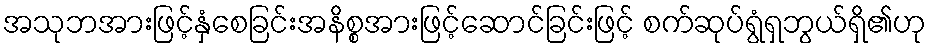
အသုဘအားဖြင့်နှံစေခြင်းအနိစ္စအားဖြင့်ဆောင်ခြင်းဖြင့် စက်ဆုပ်ရွံရှဘွယ်ရှိ၏ဟု